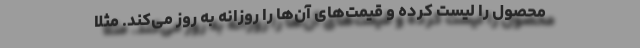
محصول را لیست کرده و قیمت‌های آن‌ها را روزانه به روز می‌کند. مثلا